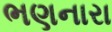
ભણનારા